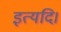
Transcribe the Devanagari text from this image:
इत्यदि।